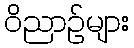
ဝိညာဉ်များ